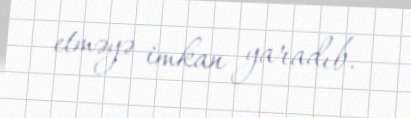
etməyə imkan yaradıb.